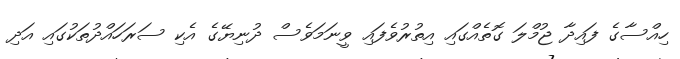
ހިއްސާގެ ފައިދާ ޖުމްލަ ގޮތެއްގައި އިތުރުވެފައި ވީނަމަވެސް ދުނިޔޭގެ އެކި ސަރަހައްދުތަކުގައި އަދި